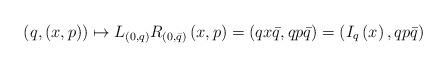
LaTeX: \begin{align*}\left( q,\left( x,p\right) \right) \mapsto L_{\left( 0,q\right) }R_{\left( 0,\bar{q}\right) }\left( x,p\right) =\left( qx\bar{q},qp\bar{q}\right) =\left(I_{q}\left( x\right) ,qp\bar{q}\right) \end{align*}